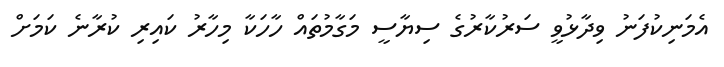
އެމަނިކުފަނު ވިދާޅުވީ ސަރުކާރުގެ ސިޔާސީ މަގާމުތައް ހާހަކާ މިހާރު ކައިރި ކުރާނެ ކަަމަށް